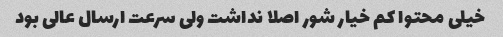
خیلی محتوا کم خیار شور اصلا نداشت ولی سرعت ارسال عالی بود